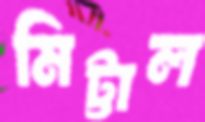
মিট্টাল